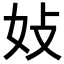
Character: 𪥩